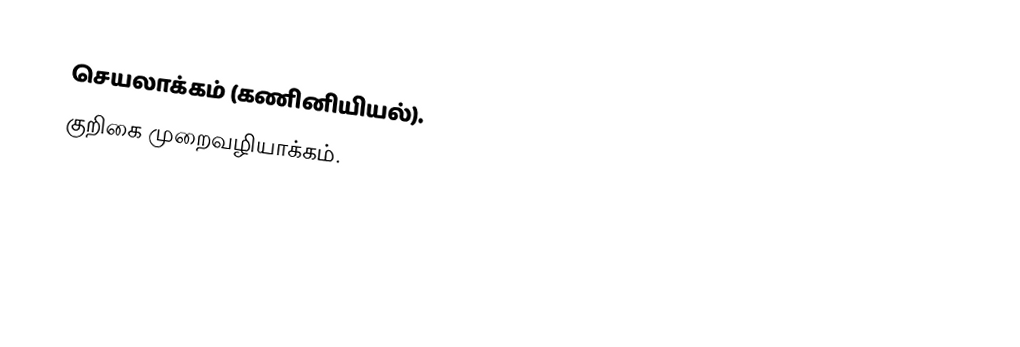
செயலாக்கம் (கணினியியல்).
 குறிகை முறைவழியாக்கம்.